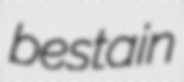
bestain